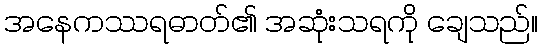
အနေကဿရဓာတ်၏ အဆုံးသရကို ချေသည်။